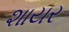
શાયર